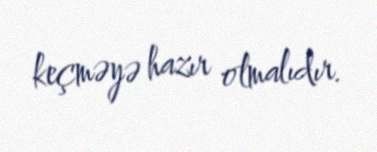
keçməyə hazır olmalıdır.